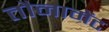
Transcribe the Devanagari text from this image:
तौनामेंट